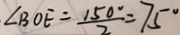
\angle B O E = \frac { 1 5 0 ^ { \circ } } { 2 } = 7 5 ^ { \circ }